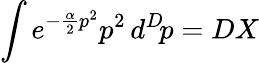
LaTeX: \int e^{-{\frac{\alpha}{2}}p^{2}}p^{2}\, d^{D}\! p=DX